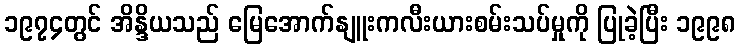
၁၉၇၄တွင် အိန္ဒိယသည် မြေအောက်နျူးကလီးယားစမ်းသပ်မှုကို ပြုခဲ့ပြီး ၁၉၉၈